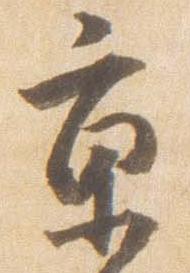
京